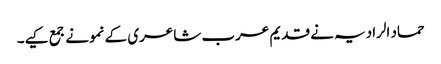
حماد الرادیہ نے قدیم عرب شاعری کے نمونے جمع کیے۔